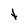
Character: t